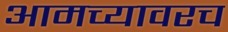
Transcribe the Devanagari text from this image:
आमच्यावरच